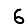
Digit: 6